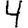
Digit: 4